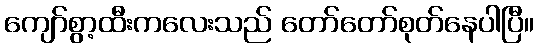
ကျော်စွာ့ထီးကလေးသည် တော်တော်စုတ်နေပါပြီ။